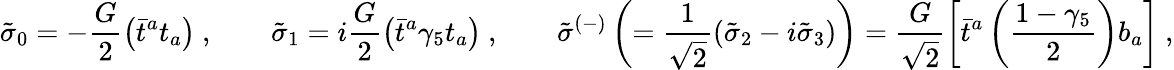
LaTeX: {\tilde{\sigma}}_{0}=-\frac{G}{2}\left(\bar{t}^{a}t_{a}\right)\ ,\qquad{\tilde{\sigma}}_{1}=i\frac{G}{2}\left(\bar{t}^{a}\gamma_{5}t_{a}\right)\ ,\qquad{\tilde{\sigma}}^{(-)}\left(=\frac{1}{\sqrt{2}}({\tilde{\sigma}}_{2}-i{\tilde{\sigma}}_{3})\right)=\frac{G}{\sqrt{2}}\left[\bar{t}^{a}\left(\frac{1-\gamma_{5}}{2}\right)b_{a}\right]\ ,